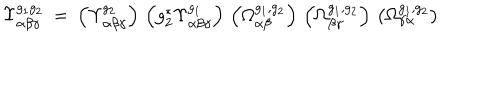
LaTeX: \Upsilon _ { \alpha \beta \gamma } ^ { g _ { 1 } g _ { 2 } } \: = \: \left( \Upsilon _ { \alpha \beta \gamma } ^ { g _ { 2 } } \right) \, \left( g _ { 2 } ^ { * } \Upsilon _ { \alpha \beta \gamma } ^ { g _ { 1 } } \right) \, \left( \Omega _ { \alpha \beta } ^ { g _ { 1 } , g _ { 2 } } \right) \, \left( \Omega _ { \beta \gamma } ^ { g _ { 1 } , g _ { 2 } } \right) \, \left( \Omega _ { \gamma \alpha } ^ { g _ { 1 } , g _ { 2 } } \right)